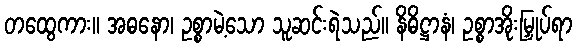
တထွေကား။ အဓနော၊ ဥစ္စာမဲ့သော သူဆင်းရဲသည်။ နိဓိဋ္ဌာနံ၊ ဥစ္စာအိုးမြှုပ်ရာ